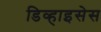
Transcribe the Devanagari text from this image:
डिव्हाइसेस